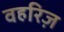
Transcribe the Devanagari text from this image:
वहरिज़